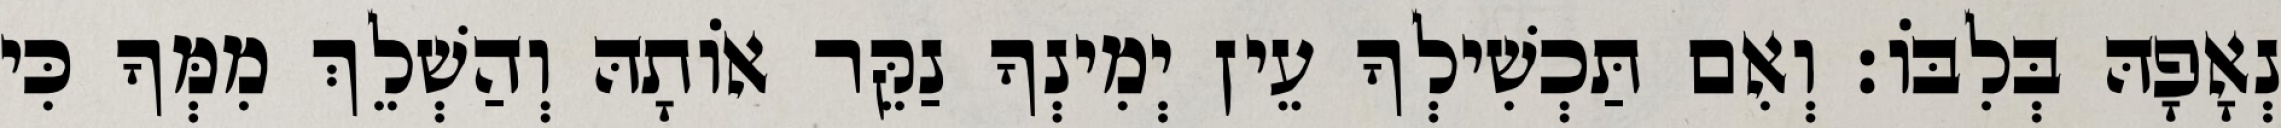
נְאָפָהּ בְּלִבּוֹ׃ וְאִם תַּכְשִׁילְךָ עֵין יְמִינְךָ נַקֵּר אוֹתָהּ וְהַשְׁלֵךְ מִמְּךָ כִּי